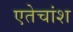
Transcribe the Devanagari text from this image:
एतेचांश